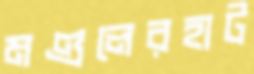
মণ্ডলেরহাট